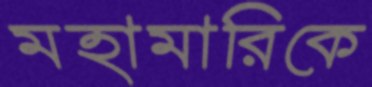
মহামারিকে